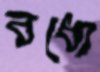
বধ্যে